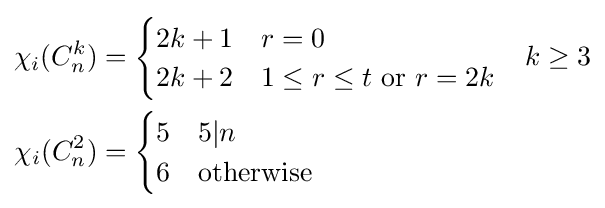
{\begin{aligned}\chi _{i}(C_{n}^{k})&={\begin{cases}2k+1&r=0\\2k+2&1\leq r\leq t{\text{ or }}r=2k\end{cases}}&&k\geq 3\\\chi _{i}(C_{n}^{2})&={\begin{cases}5&5|n\\6&{\text{otherwise}}\end{cases}}\end{aligned}}